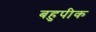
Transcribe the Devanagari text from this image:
बहुपीक